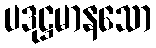
ပဒုဋ္ဌမာနသော